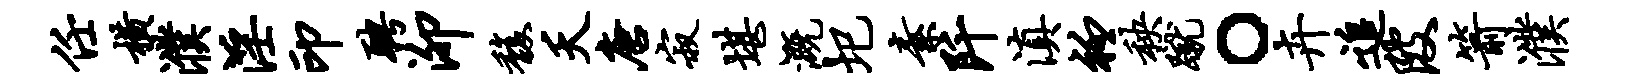
任横濮淫印聘泖馥夭唐寂堪溉圯素阡滇衽秧蹴。卉追陂箭濮